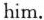
him.